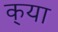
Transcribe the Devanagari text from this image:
क्‌या